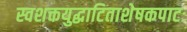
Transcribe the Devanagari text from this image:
स्वशक्तयुद्धाटिताशेषकपाटः